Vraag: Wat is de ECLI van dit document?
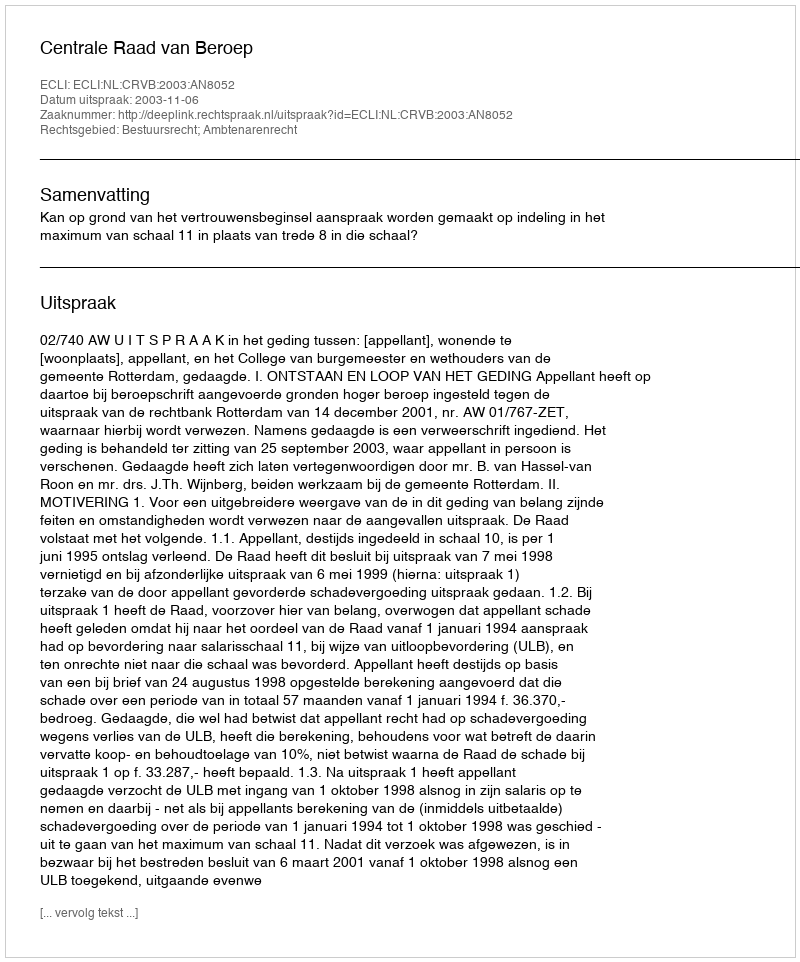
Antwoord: ECLI:NL:CRVB:2003:AN8052